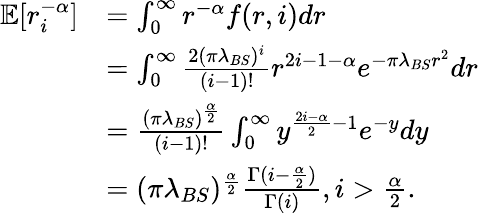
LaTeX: \begin{array}{rl}{\mathbb{E}[r_{i}^{-\alpha}]}&{=\int_{0}^{\infty}r^{-\alpha}f(r,i)dr}\\ &{=\int_{0}^{\infty}\frac{2(\pi\lambda_{BS})^{i}}{(i-1)!}r^{2i-1-\alpha}e^{-\pi\lambda_{BS}r^{2}}dr}\\ &{\stackrel{}{=}\frac{(\pi\lambda_{BS})^{\frac{\alpha}{2}}}{(i-1)!}\int_{0}^{\infty}y^{\frac{2i-\alpha}{2}-1}e^{-y}dy}\\ &{=(\pi\lambda_{BS})^{\frac{\alpha}{2}}\frac{\Gamma(i-\frac{\alpha}{2})}{\Gamma(i)},i>\frac{\alpha}{2}.}\end{array}